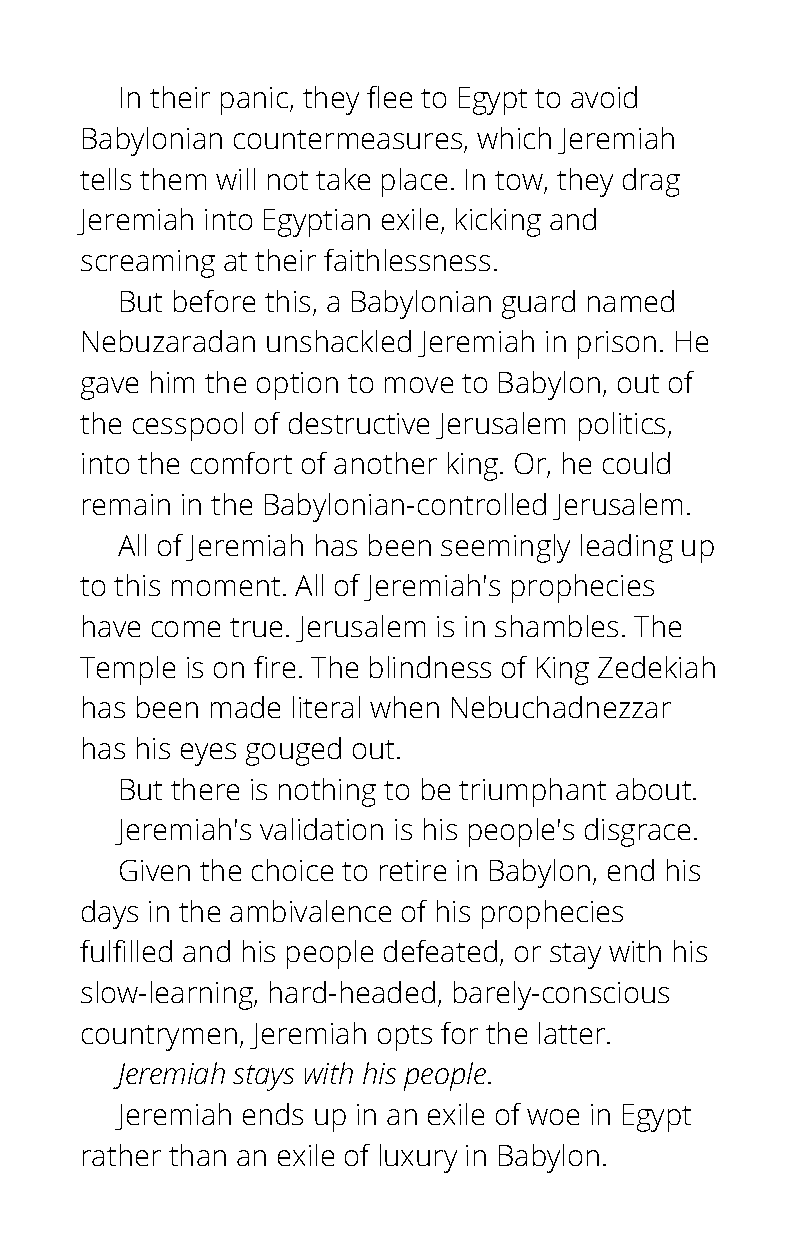
In their panic, they flee to Egypt to avoid
 Babylonian countermeasures, which Jeremiah
 tells them will not take place. In tow, they drag
 Jeremiah into Egyptian exile, kicking and
 screaming at their faithlessness.
 But before this, a Babylonian guard named
 Nebuzaradan  unshackled Jeremiah in prison. He
 gave him the option to move to Babylon, out of
 the cesspool of destructive Jerusalem politics,
 into the comfort of another king. Or, he could
 remain in the Babylonian-controlled Jerusalem.
 All of Jeremiah has been seemingly leading up
 to this moment. All of Jeremiah's prophecies
 have come true. Jerusalem is in shambles. The
 Temple is on fire. The blindness of King Zedekiah
 has been made literal when Nebuchadnezzar
 has his eyes gouged out.
 But there is nothing to be triumphant about.
 Jeremiah's validation is his people's disgrace.
 Given the choice to retire in Babylon, end his
 days in the ambivalence of his prophecies
 fulfilled and his people defeated, or stay with his
 slow-learning, hard-headed, barely-conscious
 countrymen, Jeremiah opts for the latter.
 Jeremiah stays with his people.
 Jeremiah ends up in an exile of woe in Egypt
 rather than an exile of luxury in Babylon.